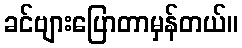
ခင်ဗျားပြောတာမှန်တယ်။